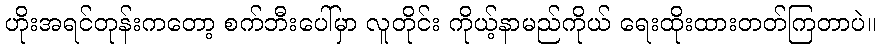
ဟိုးအရင်တုန်းကတော့ စက်ဘီးပေါ်မှာ လူတိုင်း ကိုယ့်နာမည်ကိုယ် ရေးထိုးထားတတ်ကြတာပဲ။